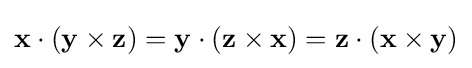
\mathbf {x} \cdot (\mathbf {y} \times \mathbf {z} )=\mathbf {y} \cdot (\mathbf {z} \times \mathbf {x} )=\mathbf {z} \cdot (\mathbf {x} \times \mathbf {y} )